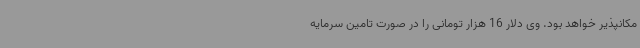
مکانپذیر خواهد بود. وی دلار 16 هزار تومانی را در صورت تامین سرمایه